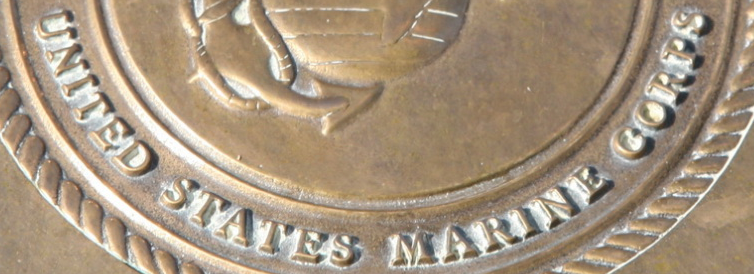
UNITED STATES MARINE CORPS